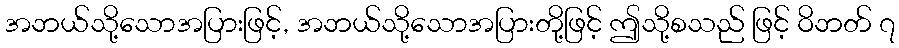
အဘယ်သို့သောအပြားဖြင့်, အဘယ်သို့သောအပြားတို့ဖြင့် ဤသို့စသည် ဖြင့် ဝိဘတ် ၇